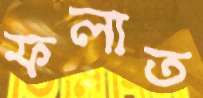
ফলাত